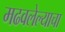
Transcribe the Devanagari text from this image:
मढवलेल्याचा